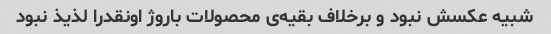
شبیه عکسش نبود و برخلاف بقیه‌ی محصولات باروژ اونقدرا لذیذ نبود